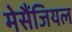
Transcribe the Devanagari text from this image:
मेसैंजियल